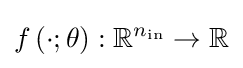
f\left(\cdot ;\theta \right):\mathbb {R} ^{n_{\mathrm {in} }}\to \mathbb {R}